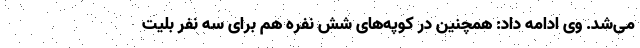
می‌شد. وی ادامه داد: همچنین در کوپه‌های شش نفره هم برای سه نفر بلیت